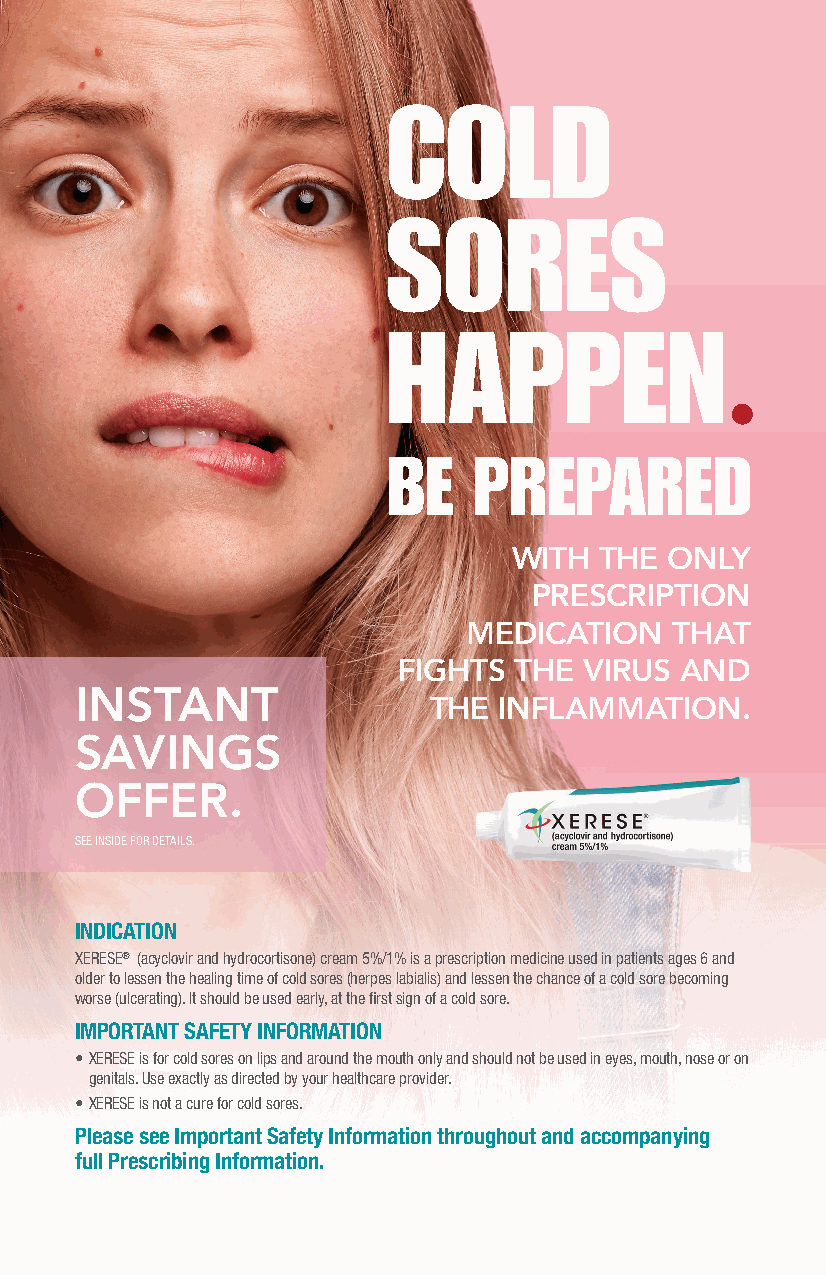
COLD
 SORES
 HAPPEN
 ·
 BE   PREPARED
 WITH  THE ONLY
 PRESCRIPTION
 MEDICATION   THAT
 FIGHTS  THE  VIRUS AND
 INSTANT
 THE  INFLAMMATION.
 SAVINGS
 OFFER.
 SEE INSIDE FOR DETAILS.
 INDICATION
 XERESE® (acyclovir and hydrocortisone) cream 5%/1% is a prescription medicine used in patients ages 6 and
 older to lessen the healing time of cold sores (herpes labialis) and lessen the chance of a cold sore becoming
 worse (ulcerating). It should be used early, at the first sign of a cold sore.
 IMPORTANT SAFETY INFORMATION
 • XERESE is for cold sores on lips and around the mouth only and should not be used in eyes, mouth, nose or on
 genitals. Use exactly as directed by your healthcare provider.
 • XERESE is not a cure for cold sores.
 Please see Important Safety Information throughout and accompanying
 full Prescribing Information.